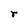
Character: r